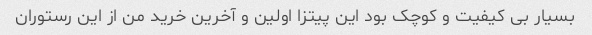
بسیار بی کیفیت و کوچک بود این پیتزا اولین و آخرین خرید من از این رستوران